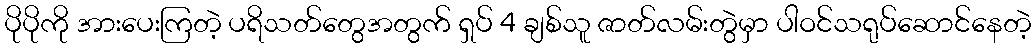
ပိုပိုကို အားပေးကြတဲ့ ပရိသတ်တွေအတွက် ရှပ် 4 ချစ်သူ ဇာတ်လမ်းတွဲမှာ ပါဝင်သရုပ်ဆောင်နေတဲ့